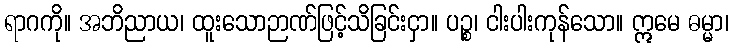
ရာဂကို။ အဘိညာယ၊ ထူးသောဉာဏ်ဖြင့်သိခြင်းငှာ။ ပဉ္စ၊ ငါးပါးကုန်သော။ ဣမေ ဓမ္မာ၊